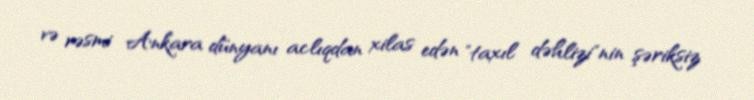
və rəsmi Ankara dünyanı aclıqdan xilas edən "taxıl dəhlizi"nin şəriksiz